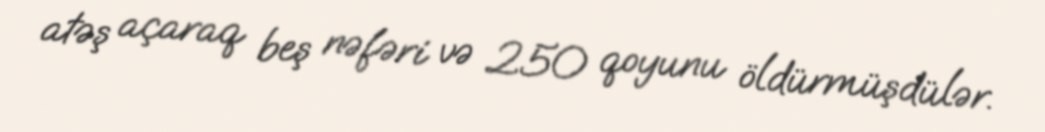
atəş açaraq beş nəfəri və 250 qoyunu öldürmüşdülər.